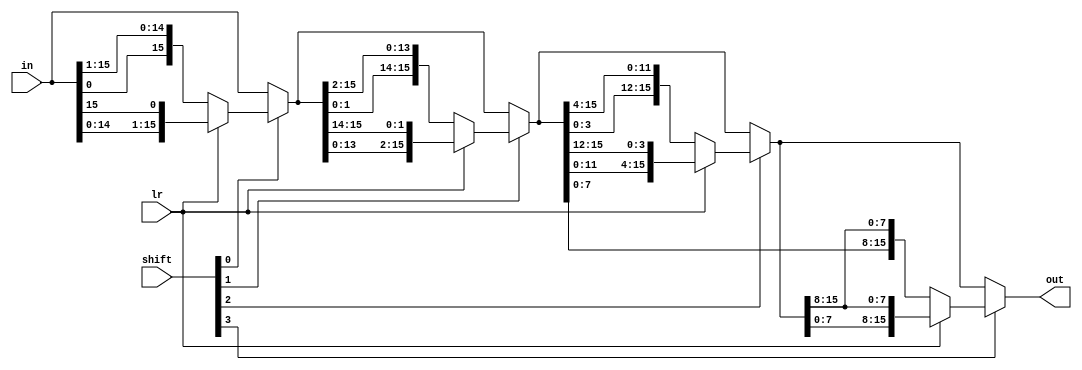
module Rotator_16bit (shift, lr, in, out);
	output[15:0]out;								//	 output
	
	input[3:0]shift;								// shift size
	input lr;										// left or right
	input[15:0]in;
	
	wire[15:0]ta;
	wire[15:0]tb;
	wire[15:0]tc;
	wire[15:0]td;

	
	// left or right shift 
	assign ta = shift[0] ? (lr ? {in[14:0], in[15]} : {in[0], in[15:1]}) : in; // shift[0] == 1 (Ir  left or Right)
	assign tb = shift[1] ? (lr ? {ta[13:0], ta[15:14]} : {ta[1:0], ta[15:2]}) : ta; // shift[1] == 1 (Ir  left or Right)
	assign tc = shift[2] ? (lr ? {tb[11:0], tb[15:12]} : {tb[3:0], tb[15:4]}) : tb; // shift[2] == 1 (Ir  left or Right)
	assign td = shift[3] ? (lr ? {tc[7:0], tc[15:8]} : {tb[7:0], tc[15:8]}) : tc; // shift[3] == 1 (Ir  left or Right)
	// Left         .
	// Right          .

	assign out = td;

endmodule